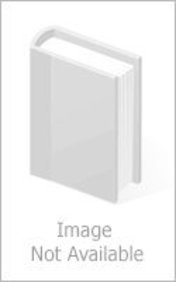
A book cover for The "Daily Telegraph" India Wall Map: With Bangladesh, Bhutan, Nepal, Pakistan and Sri Lanka; Travel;